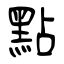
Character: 點